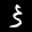
Label: 3